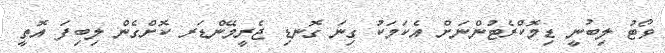
ވޯޓު ލިބުނީ ޑިމޮކްރެޓުންނަށް އެކަމަކު ގިނަ ގޮނޑި ޖެރީމޭންޑަރ ކޮށްގެން ލިބިފަ އޮތީ